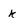
Character: k